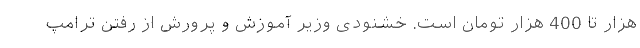
هزار تا 400 هزار تومان است. خشنودی وزیر آموزش و پرورش از رفتن ترامپ